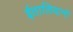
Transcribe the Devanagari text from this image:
ईतालियानो